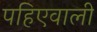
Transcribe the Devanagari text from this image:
पहिएवाली